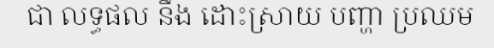
ជា លទ្ធផល នឹង ដោះស្រាយ បញ្ហា ប្រឈម